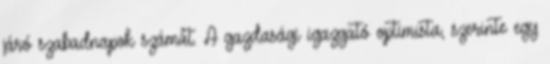
járó szabadnapok számát. A gazdasági igazgató optimista, szerinte egy